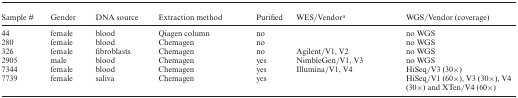
<table><thead><tr><td><b>Sample #</b></td><td><b>Gender</b></td><td><b>DNA source</b></td><td><b>Extraction method</b></td><td><b>Purified</b></td><td><b>WES/Vendor<sup>a</sup></b></td><td><b>WGS/Vendor (coverage)</b></td></tr></thead><tbody><tr><td>44</td><td>female</td><td>blood</td><td>Qiagen column</td><td>no</td><td></td><td>no WGS</td></tr><tr><td>280</td><td>female</td><td>blood</td><td>Chemagen</td><td>no</td><td></td><td>no WGS</td></tr><tr><td>326</td><td>female</td><td>fibroblasts</td><td>Chemagen</td><td>no</td><td>Agilent/V1, V2</td><td>no WGS</td></tr><tr><td>2905</td><td>male</td><td>blood</td><td>Chemagen</td><td>yes</td><td>NimbleGen/V1, V3</td><td>no WGS</td></tr><tr><td>7344</td><td>female</td><td>blood</td><td>Chemagen</td><td>yes</td><td>Illumina/V1, V4</td><td>HiSeq/V3 (30×)</td></tr><tr><td>7739</td><td>female</td><td>saliva</td><td>Chemagen</td><td>yes</td><td></td><td>HiSeq/V1 (60×), V3 (30×), V4 (30×) and XTen/V4 (60×)</td></tr></tbody></table>